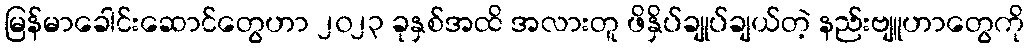
မြန်မာခေါင်းဆောင်တွေဟာ ၂၀၂၃ ခုနှစ်အထိ အလားတူ ဖိနှိပ်ချုပ်ချယ်တဲ့ နည်းဗျူဟာတွေကို